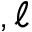
, \ell